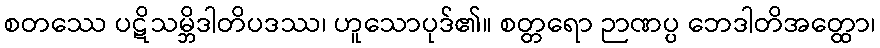
စတဿေ ပဋိသမ္ဘိဒါတိပဒဿ၊ ဟူသောပုဒ်၏။ စတ္တရော ဉာဏပ္ပ ဘေဒါတိအတ္ထော၊